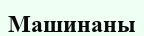
Машинаны